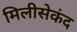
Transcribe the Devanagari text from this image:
मिलीसेकंद